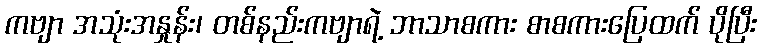
ကဗျာ အသုံးအနှုန်း၊ တစ်နည်းကဗျာရဲ့ ဘာသာစကား စာစကားပြေထက် ပိုပြီး